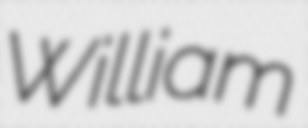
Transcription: William